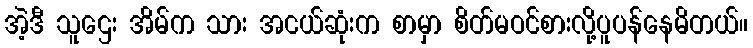
အဲ့ဒီ သူဌေး အိမ်က သား အငယ်ဆုံးက စာမှာ စိတ်မဝင်စားလို့ပူပန်နေမိတယ်။